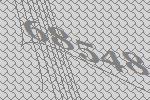
68548